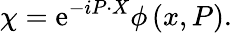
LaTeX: \chi=\mathrm{e}^{-iP\cdot X}\phi\left(x,P\right).